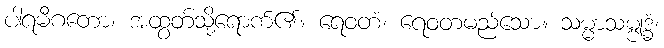
ပါရမီဂတော၊ အထွတ်သို့ရောက်၏။ ရေဝတံ၊ ရေဝတမည်သော။ သမ္မာသမ္ဗုဒ္ဓံ၊